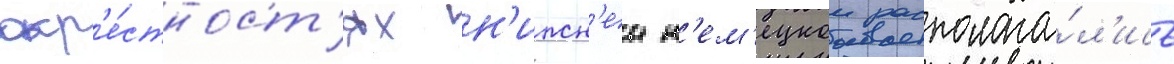
окр'е́стност'ях н'ижн'еи н'ем'ецкои располага́л'ись